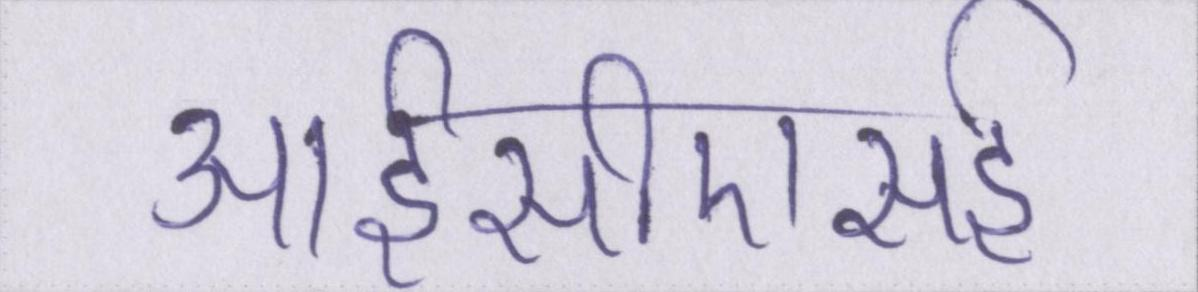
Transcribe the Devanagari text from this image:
आईसीएसई